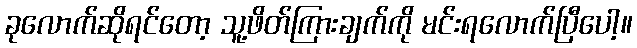
ခုလောက်ဆိုရင်တော့ သူ့ဖိတ်ကြားချက်ကို မင်းရလောက်ပြီပေါ့။